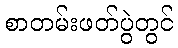
စာတမ်းဖတ်ပွဲတွင်